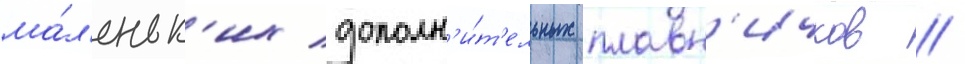
ма́л'еньк'их дополн'и́т'ельных плавн'ичков //